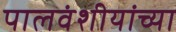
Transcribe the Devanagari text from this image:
पालवंशीयांच्या